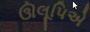
ઊલૂપિએ